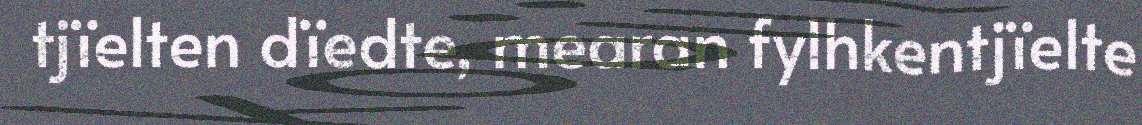
tjïelten dïedte, mearan fylhkentjïelte